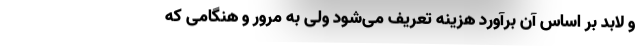
و لابد بر اساس آن برآورد هزینه تعریف می‌شود ولی به مرور و هنگامی که